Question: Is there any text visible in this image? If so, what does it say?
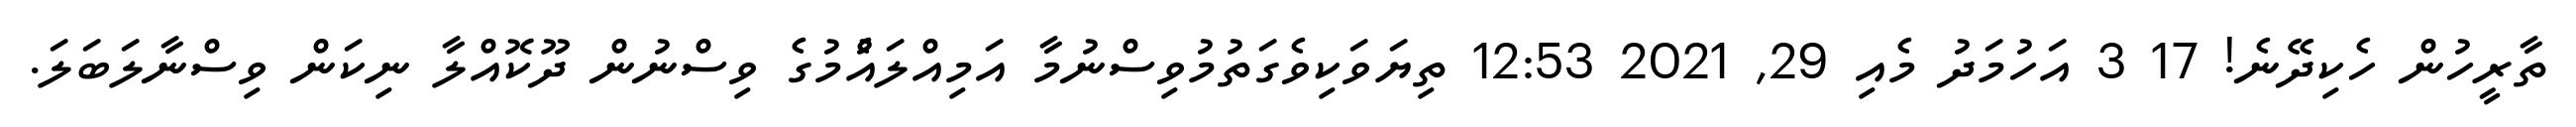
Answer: ތާރީހުން ހެކިދޭނެ! 17 3 އަހުމަދު މެއި 29, 2021 12:53 ތިޔަވަކިވެގަތުމުވިސްނުމާ އަމިއްލައެުމުގެ ވިސްނުން ދޫކޮއްލާ ނިކަން ވިސްނާލަބަލަ.